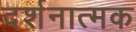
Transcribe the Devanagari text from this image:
दर्शनात्मक